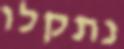
נתקלו